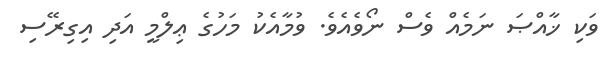
ވަކި ޚާއްޞަ ނަމެއް ވެސް ނޯވެއެވެ. ވުމާއެކު މަހުގެ ޢިލްމީ އަދި އިގިރޭސި